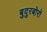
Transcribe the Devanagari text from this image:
बुदुरबोरो